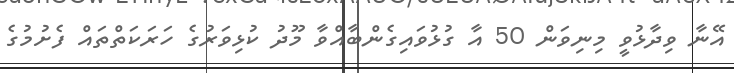
އޭނާ ވިދާޅުވީ މިނިވަން 50 އާ ގުޅުވައިގެންބާއްވާ މޫދު ކުޅިވަރުގެ ހަރަކަތްތައް ފެށުމުގެ